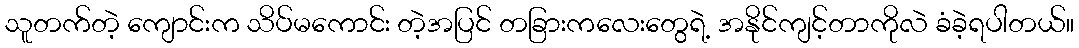
သူတက်တဲ့ ကျောင်းက သိပ်မကောင်း တဲ့အပြင် တခြားကလေးတွေရဲ့ အနိုင်ကျင့်တာကိုလဲ ခံခဲ့ရပါတယ်။